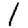
Digit: 1